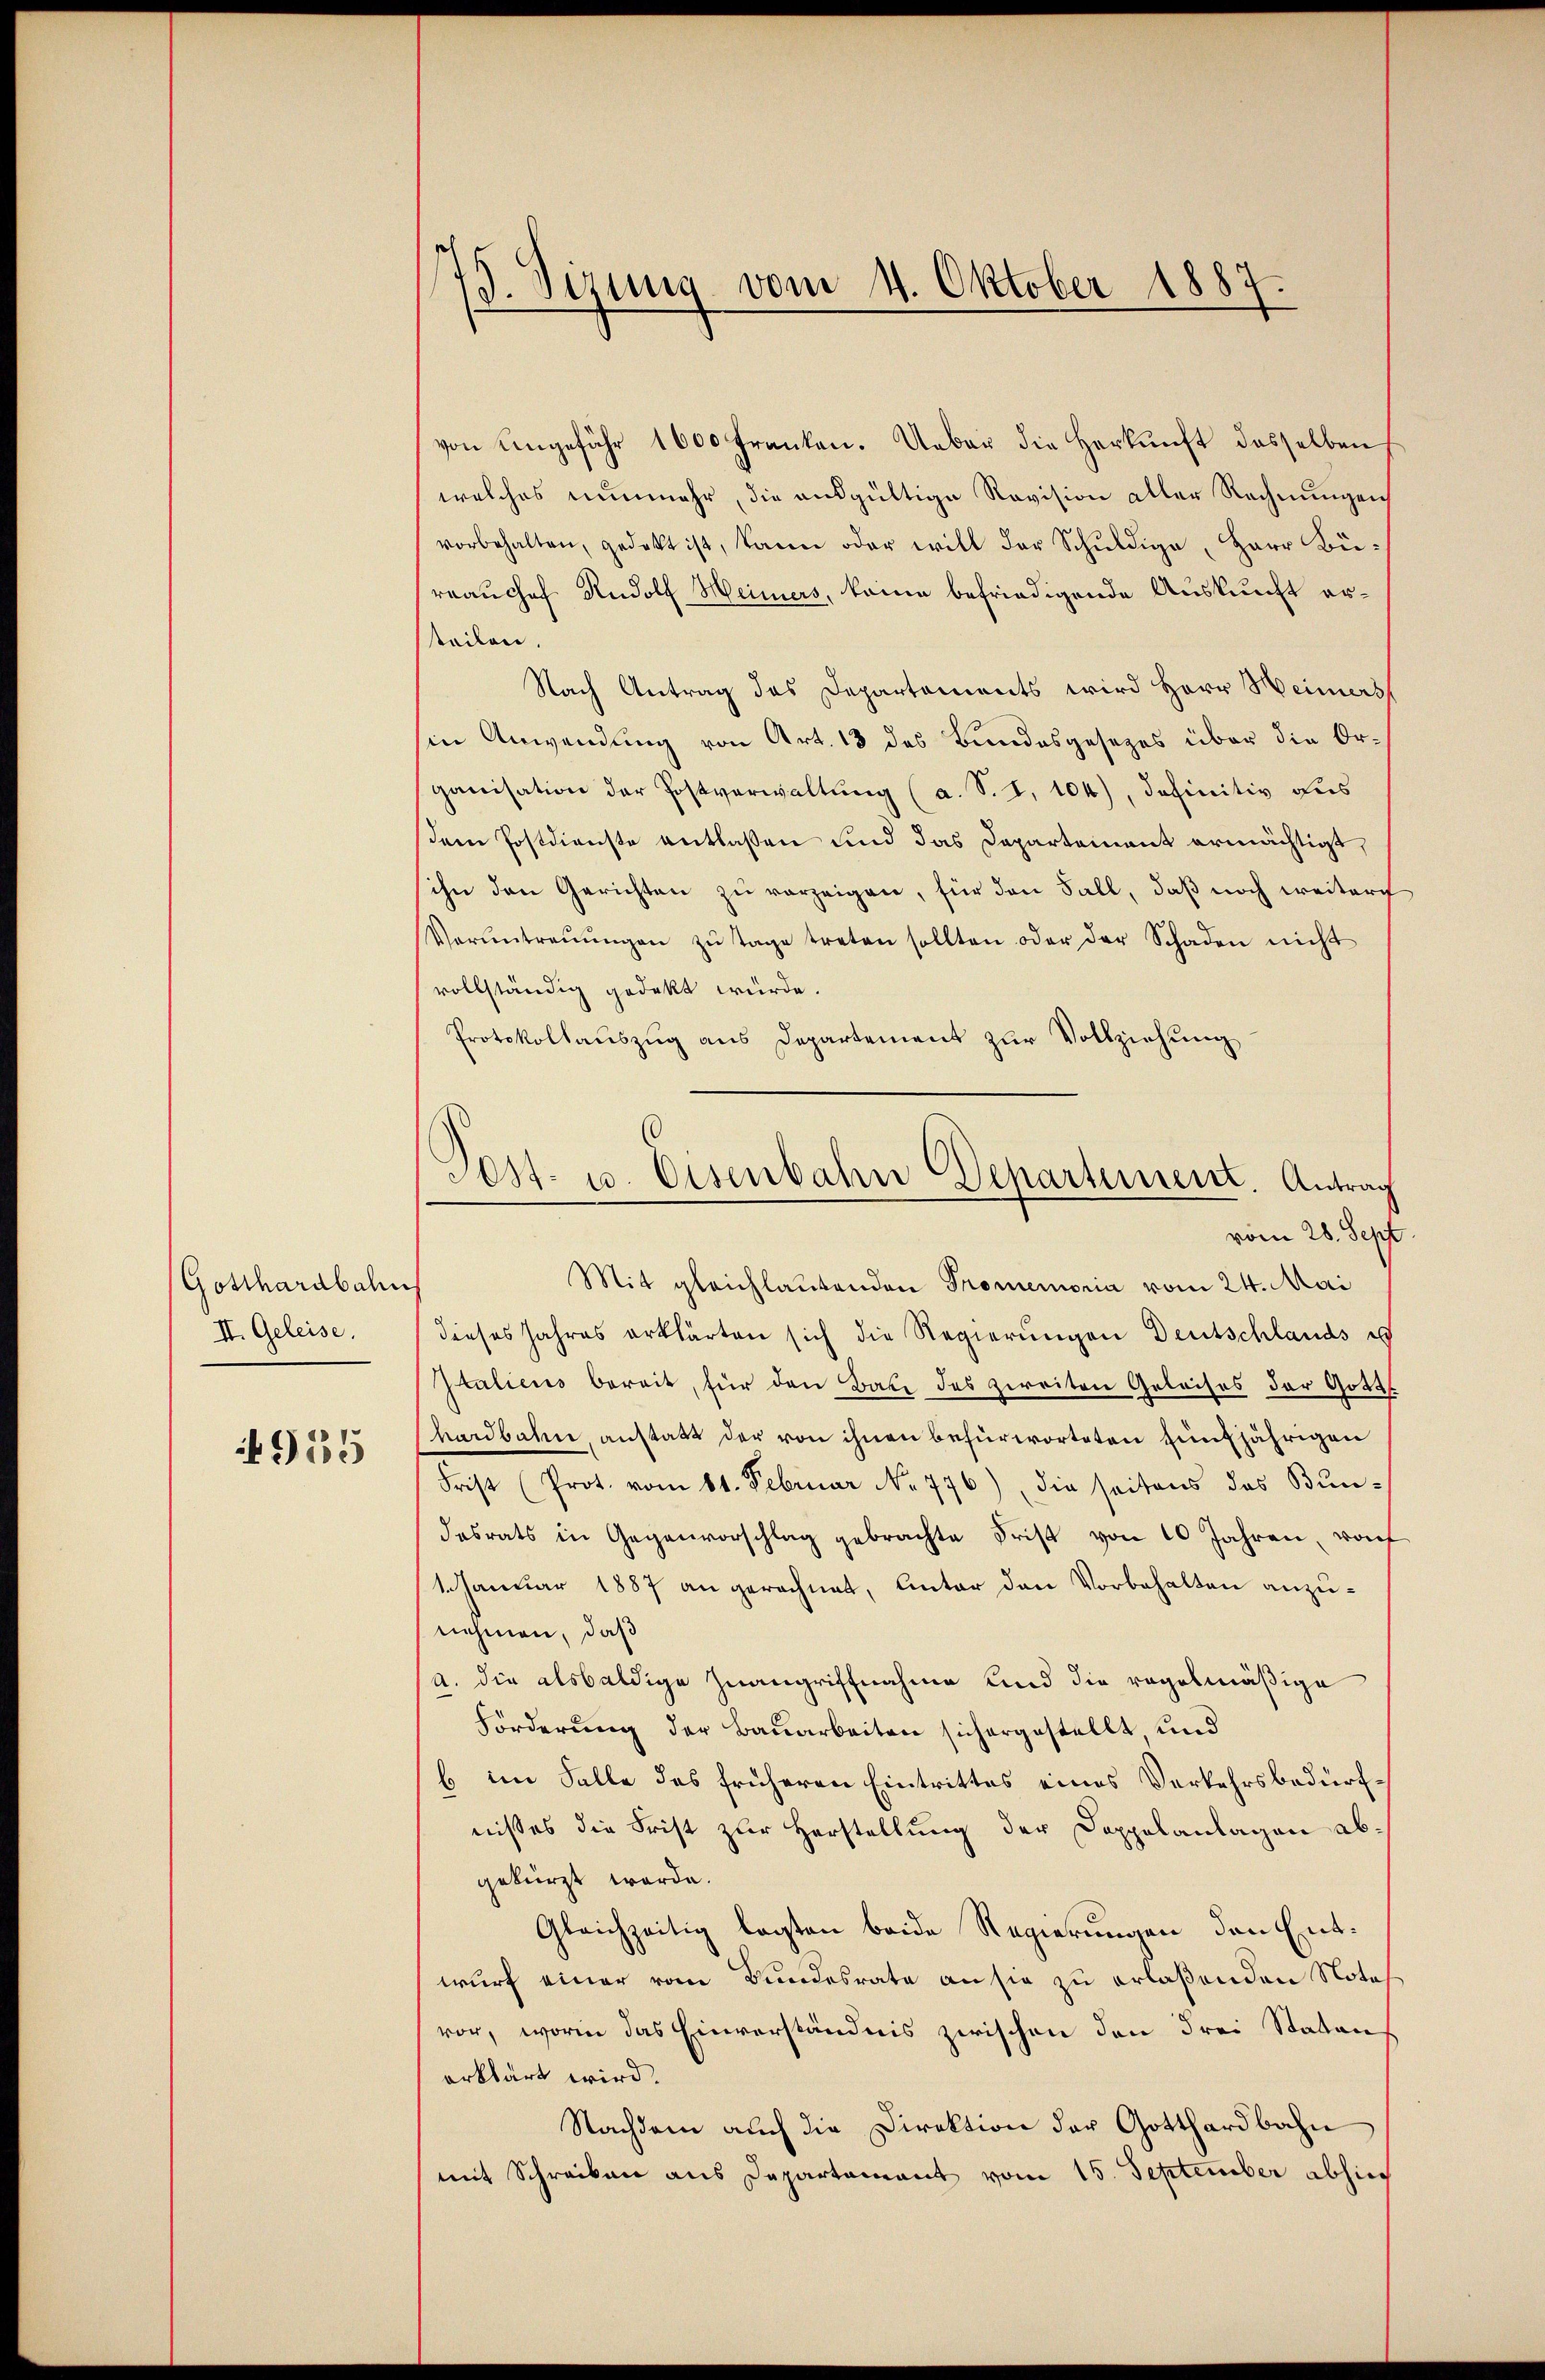
Gotthardbah
II. Geleise.

955

75. Sizung vom 4. Oktober 1887.

von eingefähr 1600 franken. Ueber die Herkŭnft dasselben
welches nunmehr, die ausgültige Revision aller Rechnungen
vorbehalten, gedekt ist, kann oder will der Schuldige, Herr Bürrauchof Rudolf Heimers, keine befriedigende Auskunft erteilen.
Nach Antrag das Departements wird Herr Heimers
sin Anwendung von Art. 13 des Bundesgesezes über die Organisation der Postverwaltung (a. S. I, 104), definitiv aus
dem Postdienste entlassen und das Departement ermächtigt,
sihn den Gerichten zŭ verzeigen, für den Fall, daß noch weiter
Verantraŭŭngen zŭ tage treten sollten oder der Schaden nicht
vollständig gedekt würde.
Protokollauszug aus Departement zur Vollziehung
Mit gleichlautenden Promemoria vom 24. Mai
dieses Jahres erklärten sich die Regierungen Deutschlands es
Italicus bereit, für den Batz des zweiten Geleises der Gott
hardbahn anstatt der von ihnen befürworteten Einjährigen
Frist (Prot. vom 11. Februar No. 776) die seitens das Bundesrats in Gegenvorschlag gebrachte Frist von 10 Jahren, von
1. Januar 1887 an gerechnet, Antor den Vorbehalten anzunehmen, daß
a. die alsbaldige Inangriffnahme und die regelmäßige
Förderung der Bauarbeiten sichergestellt, und
b im Falle des früheren Eintrittes eines Verkehrsbedürfnisses die Frist zur Herstellung der Doppelanlagen abgekürzt werde.
Gleichzeitig legten beide Regierungen den Entwurf einer vom Bundesrate an sie zu erlaßenden Notesvor, worin das Einverständnis zwischen den Frei Statans
erklärt wird.
Nachdem auch die Direktion der Gotthardbahn
mit Schreiben aus Departement vom 15. September abhin

Post- u. Eisenbahn Departement. Antrag
vom 28. Sept